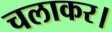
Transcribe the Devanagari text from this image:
चलाकर।